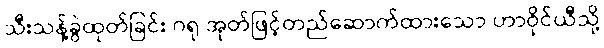
သီးသန့်ခွဲထုတ်ခြင်း ဂရု အုတ်ဖြင့်တည်ဆောက်ထားသော ဟာဝိုင်ယီသို့